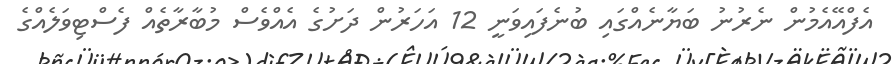
އެފްއޭއެމުން ނެރުނު ބަޔާނެއްގައި ބުނެފައިވަނީ 12 އަހަރުން ދަށުގެ އެއްވެސް މުބާރާތެއް ފެސްޓިވަލެއްގެ